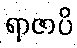
ရာဇာပိ